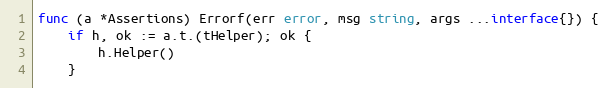
Language: Go
func (a *Assertions) Errorf(err error, msg string, args ...interface{}) {
	if h, ok := a.t.(tHelper); ok {
		h.Helper()
	}